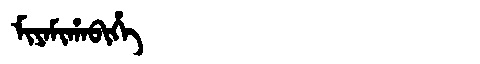
Manchu: ᠮᡳᠶᠠᠮᡳᡥᠠᠪᡳᡥᡝ
Romanization: MIYAMIHABIHE